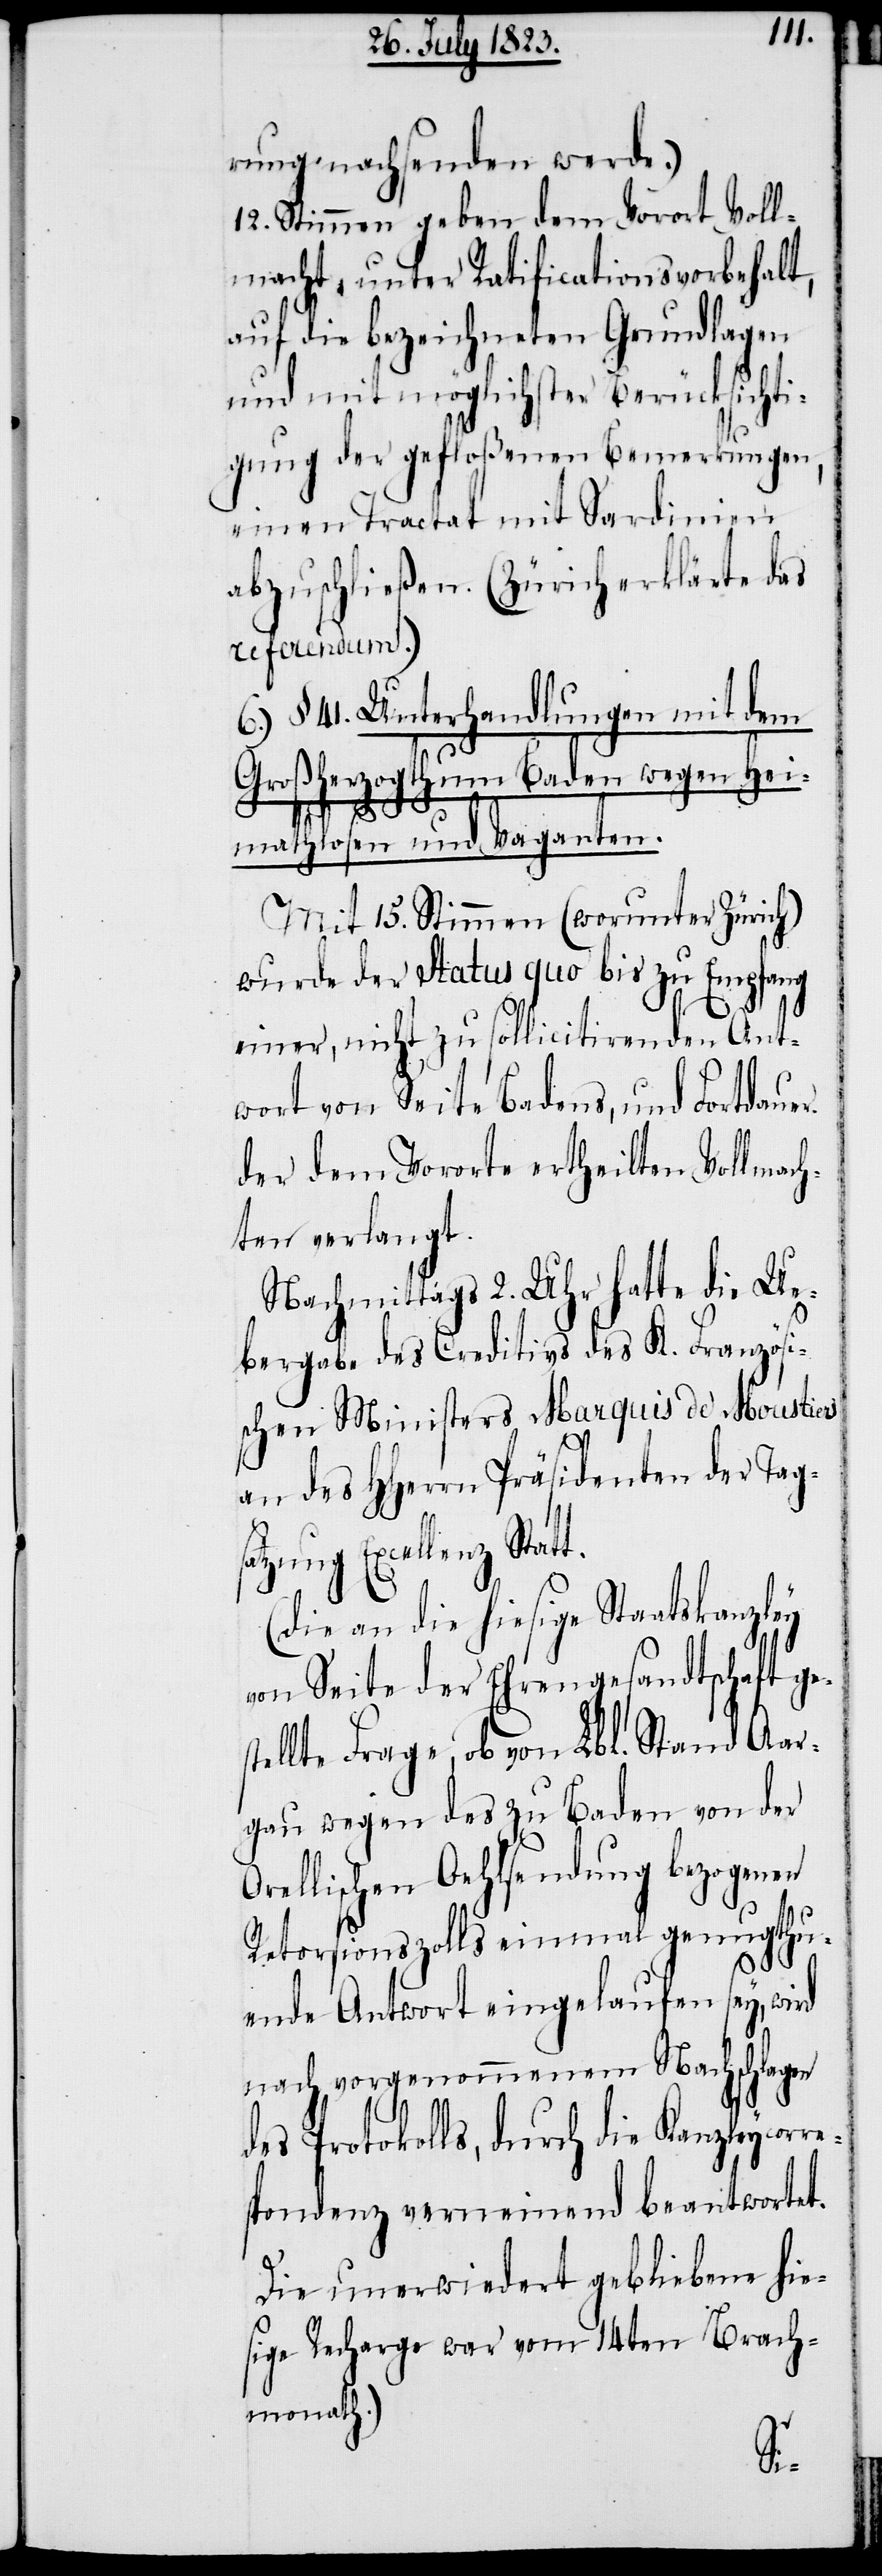
rung nachsenden werde.)
12. Stimmen geben dem Vorort Voll¬
macht, unter Ratificationsvorbehalt,
auf die bezeichneten Grundlagen
und mit möglichster Berücksichti¬
gung der gefloßenen Bemerkungen,
einen Tractat mit Sardinien
abzuschließen. (Zürich erklärte das
referendum.)
6.) §. 41. Unterhandlungen mit dem
Großherzogthum Baden wegen Hei¬
mathlosen und Vaganten.
Mit 15. Stimmen (worunter Zürich)
wurde der Status quo bis zu Empfang
einer, nicht zu sollicitirenden Ant¬
wort von Seite Badens, und Fortdauer
der dem Vororte ertheilten Vollmach¬
ten verlangt.
Nachmittags 2. Uhr hatte die Ue¬
bergabe des Creditivs des K. Franzöi¬
schen Ministers Marquis de Moustiers
an des HHerrn Präsidenten der Tags¬
atzung Excellenz Sta¬
(die an die hiesige Staatskanzley
von Seite der Ehrengesandtschaft ge¬
stellte Frage, ob von Lbl. Stand Aar¬
gau wegen des zu Baden von der
Orellischen Oehlsendung bezogenen
Retorsionszolls einmal genugthu¬
ende Antwort eingelaufen sey, wird
nach vorgenommenem Nachschlagen
des Protokolls, durch die Kanzleycor¬
spondenz verneinend beantwortet.
Die unerwiedert gebliebene hie¬
sige Recharge war vom 14ten Brach¬
monath.)
re¬